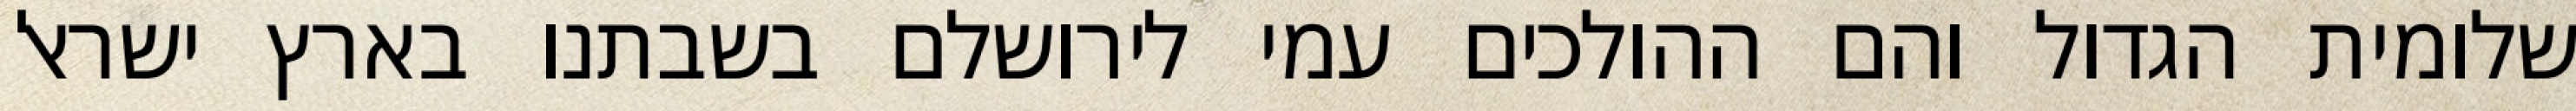
שלומית הגדול והם ההולכים עמי לירושלם בשבתנו בארץ ישראל